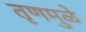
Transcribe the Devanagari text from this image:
तृणमुळे